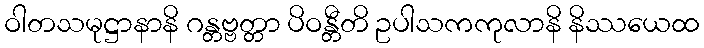
ဝါတသမုဋ္ဌာနာနိ ဂန္တဗ္ဗတ္တာ ပိဝန္တီတိ ဥပါသကကုလာနိ နိဿယေထ